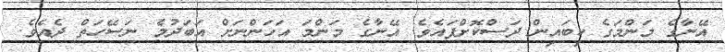
އޭނާގެ މަންމަގެ ކިބައިން ދަސްކޮށްފައެވެ. އޭނާގެ މަންމަ އަހަންނަށް އަބަދުމެ ނަސޭހަތް ދެއެވެ.